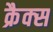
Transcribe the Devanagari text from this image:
क्रैक्‍स